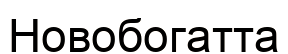
Новобогатта